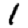
Digit: 1